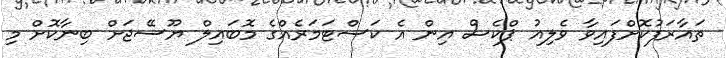
ތައާރަފުކޮށްފައިވާ ވެލިއު ޕްކެސް އިން އެ ކަސްޓަމަރެއްގެ މޮބައިލް ޔޫސޭޖަށް ބިނާކޮށް މި